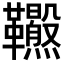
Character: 𩎂